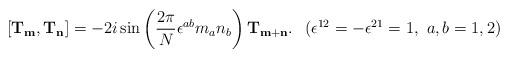
LaTeX: \begin{align*}[ {\bf T}_{\bf m},{\bf T}_{\bf n} ]=-2i\sin\left({\frac{2\pi}{N}}\epsilon^{ab}m_an_b\right){\bf T}_{\bf m+n}. \hspace{3mm}(\epsilon^{12}=-\epsilon^{21}=1,~a,b=1,2) \end{align*}